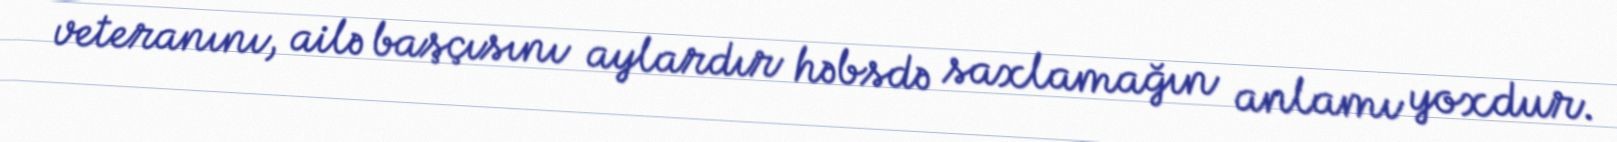
veteranını, ailə başçısını aylardır həbsdə saxlamağın anlamı yoxdur.